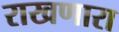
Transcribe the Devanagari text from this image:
राखणारा